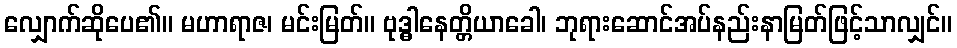
လျှောက်ဆိုပေ၏။ မဟာရာဇ၊ မင်းမြတ်။ ဗုဒ္ဓါနေတ္တိယာခေါ၊ ဘုရားဆောင်အပ်နည်းနာမြတ်ဖြင့်သာလျှင်။